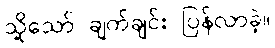
သို့သော် ချက်ချင်း ပြန်လာခဲ့။